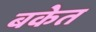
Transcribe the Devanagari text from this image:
बकेत